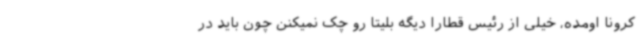
کرونا اومده، خیلی از رئیس قطارا دیگه بلیتا رو چک نمیکنن چون باید در